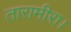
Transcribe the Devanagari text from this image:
तारामीरा।